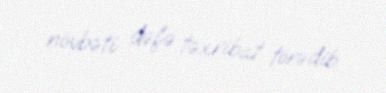
növbəti dəfə təxribat törədib.